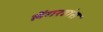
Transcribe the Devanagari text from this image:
लेंगरहांस